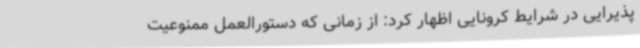
پذیرایی در شرایط کرونایی اظهار کرد: از زمانی که دستورالعمل ممنوعیت